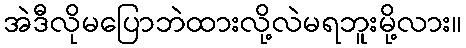
အဲဒီလိုမပြောဘဲထားလို့လဲမရဘူးမို့လား။